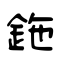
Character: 鉇